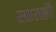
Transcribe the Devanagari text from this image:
साराही